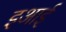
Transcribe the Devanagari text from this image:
इआई